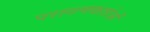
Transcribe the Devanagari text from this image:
परागणकर्ताओं